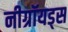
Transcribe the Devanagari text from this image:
नीग्रॉयड्स